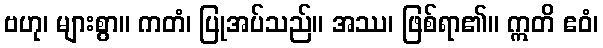
ဗဟု၊ များစွာ။ ကတံ၊ ပြုအပ်သည်။ အဿ၊ ဖြစ်ရာ၏။ ဣတိ ဧဝံ၊